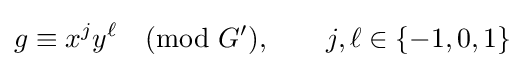
g\equiv x^{j}y^{\ell }{\pmod {G'}},\qquad j,\ell \in \{-1,0,1\}